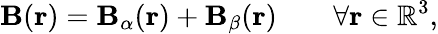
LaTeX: \mathbf{B}(\mathbf{r})=\mathbf{B}_{\alpha}(\mathbf{r})+\mathbf{B}_{\beta}(\mathbf{r})\qquad\forall\mathbf{r}\in\mathbb{R}^{3},